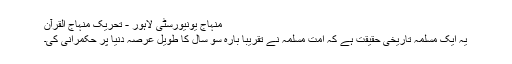
منہاج یونیورسٹی لاہور - تحریک منہاج القرآن
یہ ایک مسلّمہ تاریخی حقیقت ہے کہ امت مسلمہ نے تقریباً بارہ سو سال کا طویل عرصہ دنیا پر حکمرانی کی۔